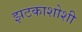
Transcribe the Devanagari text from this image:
झटकाशोशी